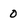
Character: 0